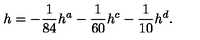
h = - \frac { 1 } { 8 4 } h ^ { a } - \frac { 1 } { 6 0 } h ^ { c } - \frac { 1 } { 1 0 } h ^ { d } .